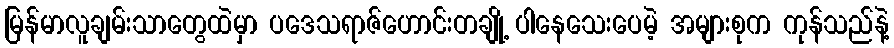
မြန်မာလူချမ်းသာတွေထဲမှာ ပဒေသရာဇ်ဟောင်းတချို့ ပါနေသေးပေမဲ့ အများစုက ကုန်သည်နဲ့